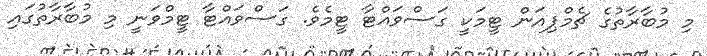
މި މުބާރާތުގެ ޗެމްޕިއަން ޓީމަކީ ގަސްވައްޓާ ޓީމެވެ. ގަސްވައްޓާ ޓީމްވަނީ މި މުބާރާތުގައި